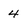
Character: 4